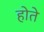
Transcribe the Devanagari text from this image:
होते